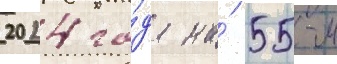
2024 го́да на́ 55-м